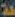
لة